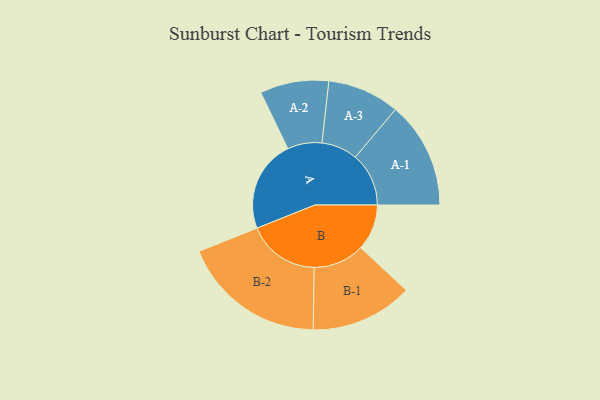
{"axis": {"x": "Segment", "y": "Value"}, "legend": ["", "A", "B"], "data": [{"x": "A", "y": 324, "type": ""}, {"x": "B", "y": 162, "type": ""}, {"x": "A-1", "y": 188, "type": "A"}, {"x": "A-2", "y": 121, "type": "A"}, {"x": "A-3", "y": 127, "type": "A"}, {"x": "B-1", "y": 180, "type": "B"}, {"x": "B-2", "y": 254, "type": "B"}]}